Civil Veterinary Department. Madras. Admin. report 1926-33 - 1926-1933
Year: 1926
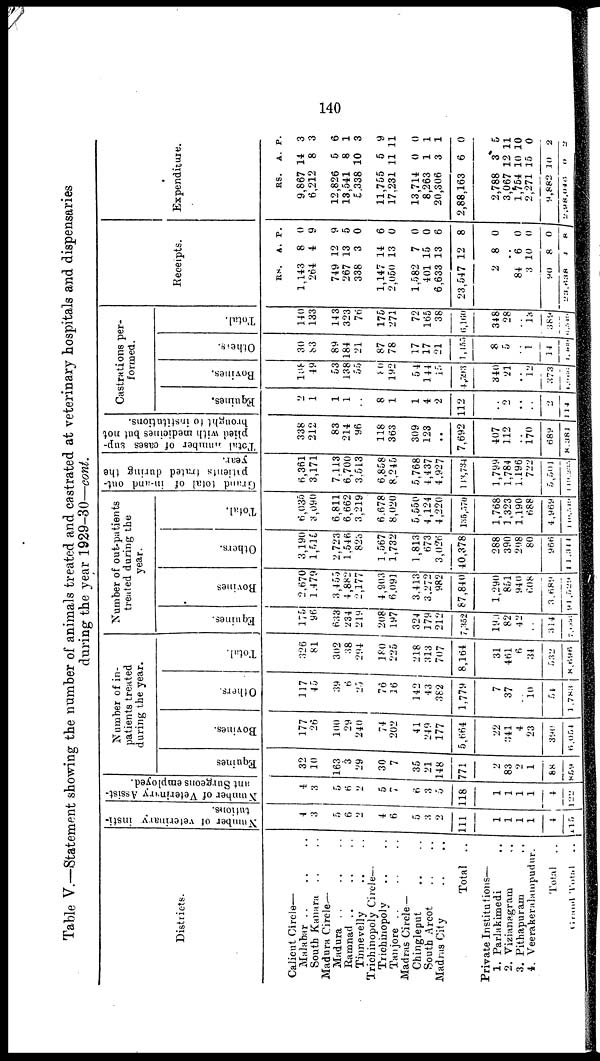
140
Table V.—Statement showing the number of animals treated and castrated at veterinary hospitals and dispensaries
during the year 1929-30—cont.
Districts.
Calient Circle—
Malabar .. .. .. ..
South Kanara .. .. .. ..
Madura Circle-
Madura .. .. .. ..
Ramnad .. .. .. ..
Tinnevelly .. .. .. ..
Trichinopoly Circle—
Trichinopoly .. .. .. ..
Tanjore.. .. .. ..
Madras Circle —
Chingleput .. ..
South Arcot
..
..
Madras City
..
..
Total ..
Private Institutions—
1. Parlakimedi ..
2. Vizianagram ..
3. Pithapuram ..
4. Veerakeralampudur.
Total ..
Grand Total ..
Number of veterinary insti-
tutions.
4
3
5
6
2
4
6
5
3
2
111
1
1
1
1
4
15
Number of Veterinary Assist-
ant Surgeons employed.
4
3
5
6
2
5
7
6
3
5
118
1
1
1
1
4
122
Number of in-
patients treated
during the year.
Equines
32
10
163
3
29
30
7
35
21
148
771
2
83
2
1
88
859
Bovines.
177
26
100
29
240
74
202
41
24 9
177
5,664
22
341
4
23
390
6,054
Others.
117
45
39
6
25
76
26
142
43
382
1,779
7
37
10
54
1,783
Total.
326
81
302
38
294
180
225
218
313
707
8,164
31
461
6
34
532
8,696
Number of out-patients
treated during the
year.
Equines.
179
96
633
234
219
208
197
324
179
212
7,352
199
82
42
314
Bovines
2,670
1,479
3,455
4,882
2,177
4,903
6.091
3.413
3.272
982
87,840
1,290
851
940
608
3,689
91,529
Others.
3,190
1,515
2,723
1.546
823
1,567
1,732
1,813
673
3,026
40,378
288
390
208
80
966
11,314
Total.
6,035
3,090
6,811
6,662
3.219
6.678
8,020
5,550
4,124
4,220
135,370
1,768
1,323
1,190
688
4,969
1,10,310
Grand total of in-and out-
paients trated during the
year.
6,361
3,171
7.113
6,700
3.513
6,858
8,245
5,768
4,437
4,927
143,734
1,799
1,784
1.196
722
5,504
1,19,233
Total number of cases sup-
plied with medicines but not
brought to institutions.
338
212
83
214
96
118
363
309
123
..
7,692
407
112
170
689
8,381
Castrations per-
formed.
Equines.
2
1
1
1
..
8
1
1
4
2
112
2
..
2
114
Bovines.
108
49
53
138
55
80
192
54
144
15
4,593
340
21
12
373
6,966
Others.
30
83
89
184
21
87
78
17
17
21
7,455
8
5
1
14
1,430
Total.
140
133
14 3
323
76
175
271
72
165
38
6,160
348
28
13
389
1,
Receipts.
RS.
A. P.
1,143
264
8
4
0
9
749
267
338
12
13
3
9
5
0
1,147
2,050
14
13
6
0
1,582
401
6,633
23,547
7
15
13
12
0
0
6
8
2 8 0
84
3
90
23,638
6
10
8
4
0
0
0
8
Expenditure
RS.
A. P.
9,867
6,212
14
8
3
3
12,826
13,541
5,338
5
8
10
6
1
3
11,755
17,231
5
11
9
11
13,714
8,263
20,306
2,88,163
0
1
3
6
0
1
1
0
2,788
3,067
1,754
2,271
9,882
2,98,046
3
12
10 1
15
10
0
5
11
0
0
2
2